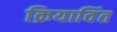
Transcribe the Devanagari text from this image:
क्रियाविंत